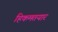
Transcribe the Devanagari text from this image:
हिकमतयार